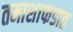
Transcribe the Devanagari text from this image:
तमाशाफडात